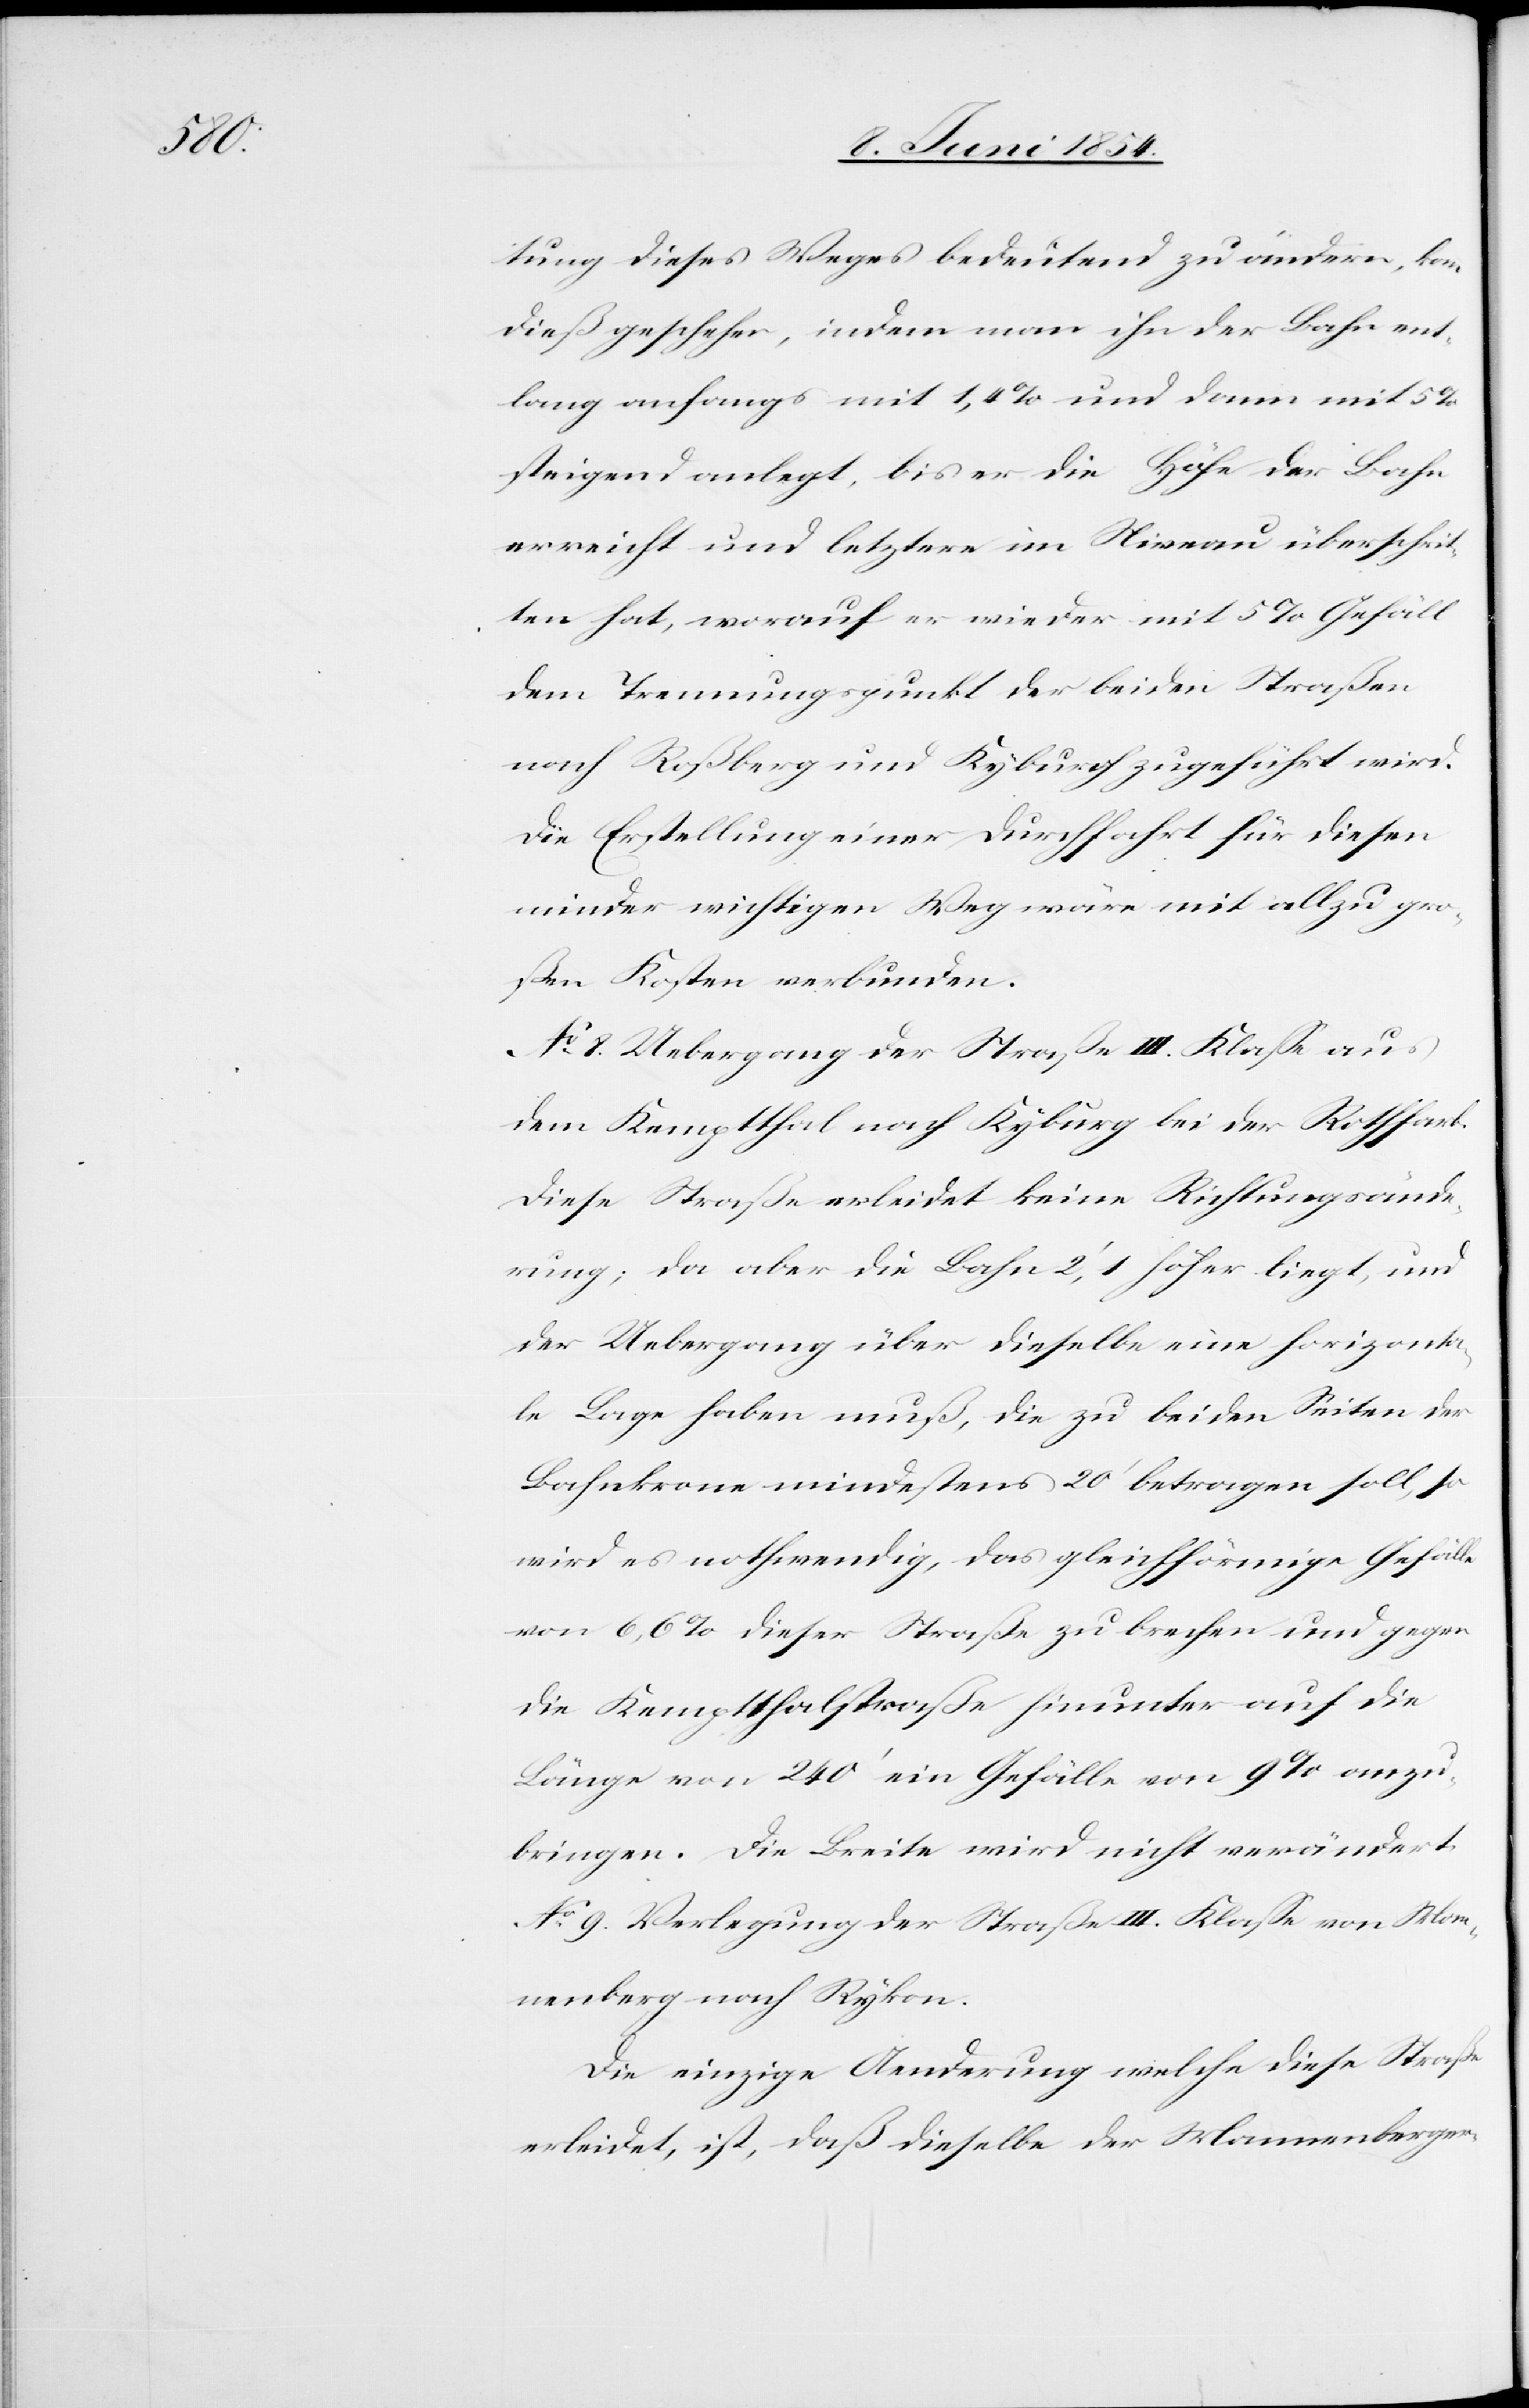
tung dieses Weges bedeutend zu ändern, kann
dieß geschehen, indem man ihn der Bahn ent¬
lang anfangs mit 1,4 % und dann mit 5 %
steigend anlegt, bis er die Höhe der Bahn
erreicht und letztere im Niveau überschrit¬
ten hat, worauf er wieder mit 5 % Gefäll
dem Trennungspunkt der beiden Straßen
nach Roßberg und Kyburg zugeführt wird.
Die Erstellung einer Durchfahrt für diesen
minder wichtigen Weg wäre mit allzu gro¬
ßen Kosten verbunden.
No 8. Uebergang der Straße III Klaße aus
dem Kemptthal nach Kyburg bei der Rothfarb.
Diese Straße erleidet keine Richtungsände¬
rung; da aber die Bahn 2‘,1 höher liegt und
der Uebergang über dieselbe eine horizont¬
ale Lage haben muß, die zu beiden Seiten der
Bahnkrone mindestens 20‘ betragen soll, so
wird es nothwendig, das gleichförmige Gefälle
von 6,6 % dieser Straße zu brechen und gegen
die Kemptthalstraße hinunter auf die
Länge von 240‘ ein Gefälle von 9 % anzu¬
bringen. Die Breite wird nicht verändert.
No 9. Verlegung der Straße III. Klaße von Man¬
nenberg nach Rykon.
Die einzige Aenderung welche diese Straße
erleidet, ist, daß dieselbe der Mannenberger-